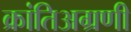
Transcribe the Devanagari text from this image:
क्रांतिअग्रणी